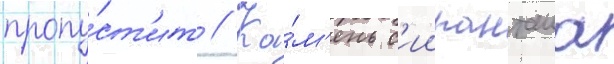
пропу́ст'ит // Ка́м'ень с'иипанташа